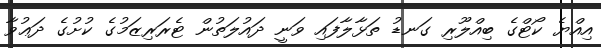
އިއްޔެ ކޯޓްގެ ބިއްލޫރި ގަނޑު ތަޅާލާފައި ވަނީ ދައުލަތުން ޓެރަަރިޒަމުގެ ކުށުގެ ދަޢުވާ